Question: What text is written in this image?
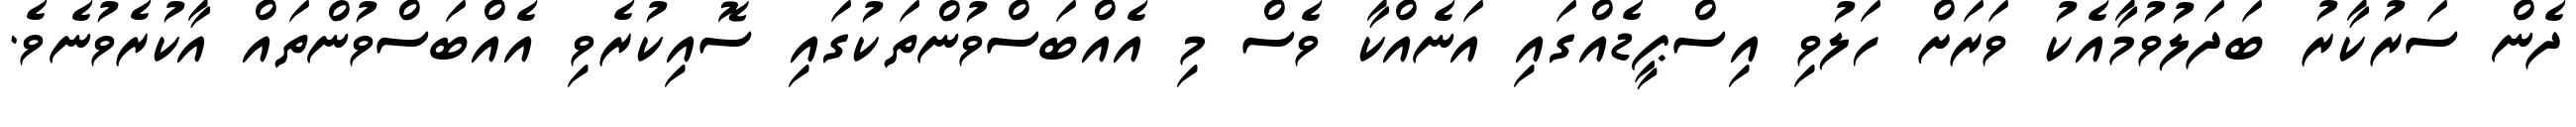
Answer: ދެން ސަރުކާރު ބަދަލުވުމާއެކު ވަރަށް ހަލުވި އިސްޕީޑެއްގައި އަނެއްކާ ވެސް މި އެއްބަސްވުންތަކުގައި ސޮއިކުރެވި އެއްބަސްވުންތައް އާކުރެވުނެވެ.